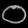
Digit: ၀